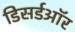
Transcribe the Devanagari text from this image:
डिसर्डऑर